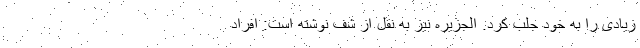
زیادی را به خود جلب کرد. الجزیره نیز به نقل از شف نوشته است: افراد